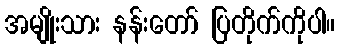
အမျိုးသား နန်းတော် ပြတိုက်ကိုပါ။